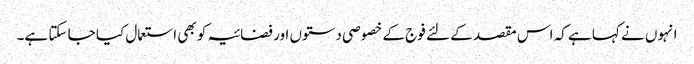
انہوں نے کہا ہے کہ اس مقصد کے لئے فوج کے خصوصی دستوں اور فضائیہ کو بھی استعمال کیا جا سکتا ہے۔